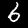
Digit: 6